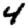
Digit: 4